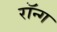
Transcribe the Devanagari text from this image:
रॉन्ग